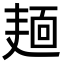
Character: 𪎎